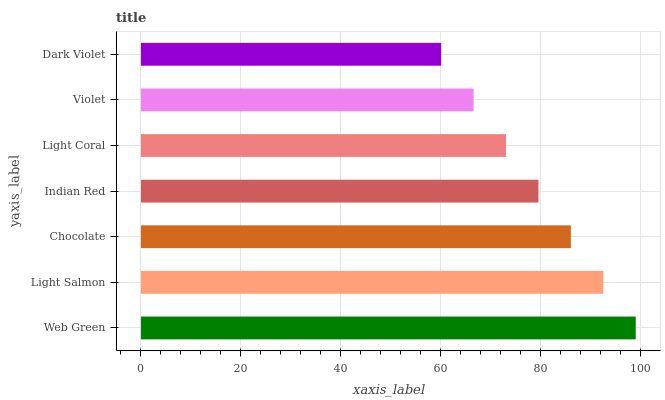
| yaxis_label | bars |
 | --- | --- |
 | Web Green | 99 |
 | Light Salmon | 92.5 |
 | Chocolate | 86 |
 | Indian Red | 79.5 |
 | Light Coral | 73 |
 | Violet | 66.6 |
 | Dark Violet | 60.1 |